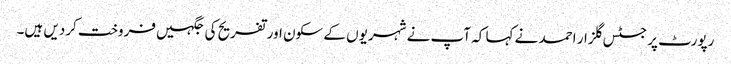
رپورٹ پر جسٹس گلزار احمد نے کہا کہ آپ نے شہریوں کے سکون اور تفریح کی جگہیں فروخت کردیں ہیں۔